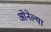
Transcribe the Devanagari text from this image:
ओनेल्या